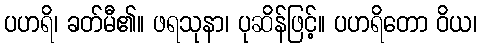
ပဟရိ၊ ခတ်မီ၏။ ဖရသုနာ၊ ပုဆိန်ဖြင့်။ ပဟရိတော ဝိယ၊